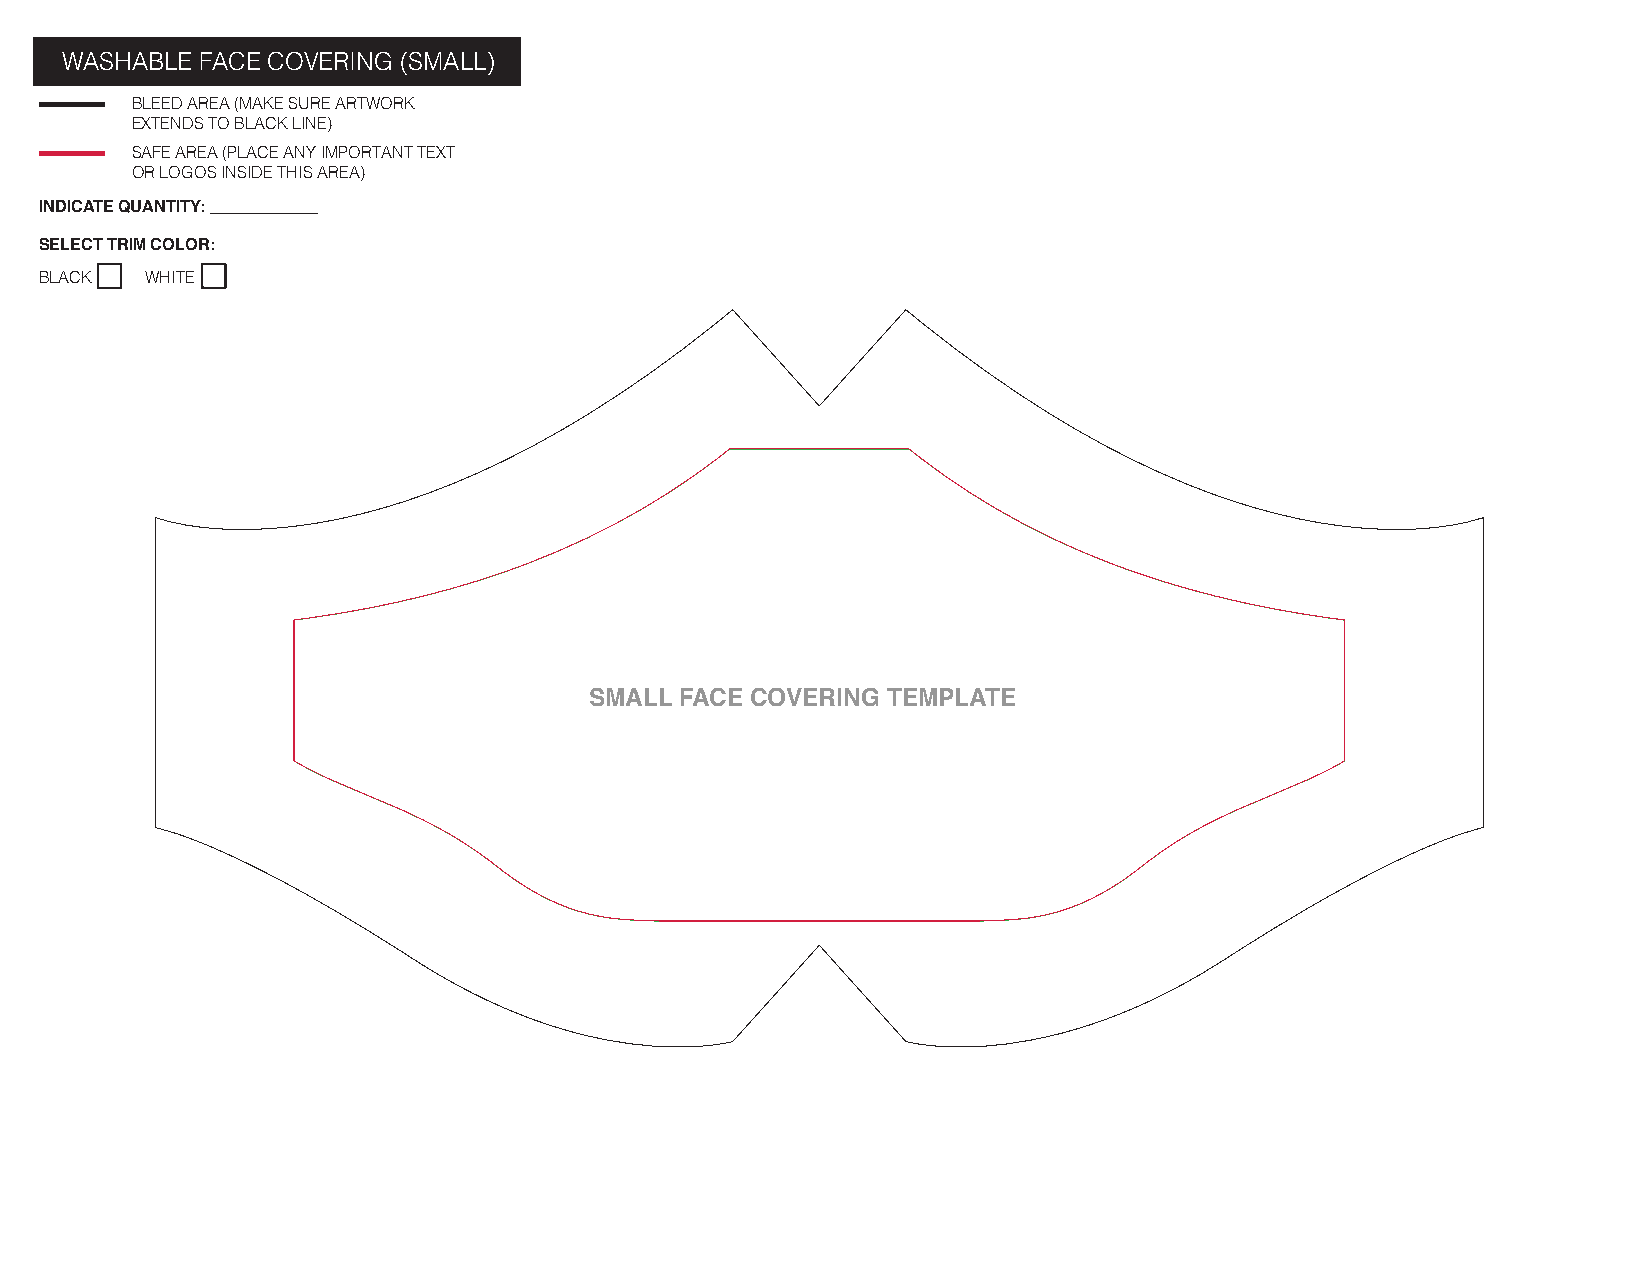
WASHABLE FACE COVERING (SMALL)
 BLEED AREA (MAKE SURE ARTWORK
 EXTENDS TO BLACK LINE)
 SAFE AREA (PLACE ANY IMPORTANT TEXT
 OR LOGOS INSIDE THIS AREA)
 INDICATE QUANTITY: ____________
 SELECT TRIM COLOR:
 BLACK  WHITE
 SMALL FACE COVERING TEMPLATE